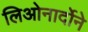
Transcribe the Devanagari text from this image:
लिओनार्दोने